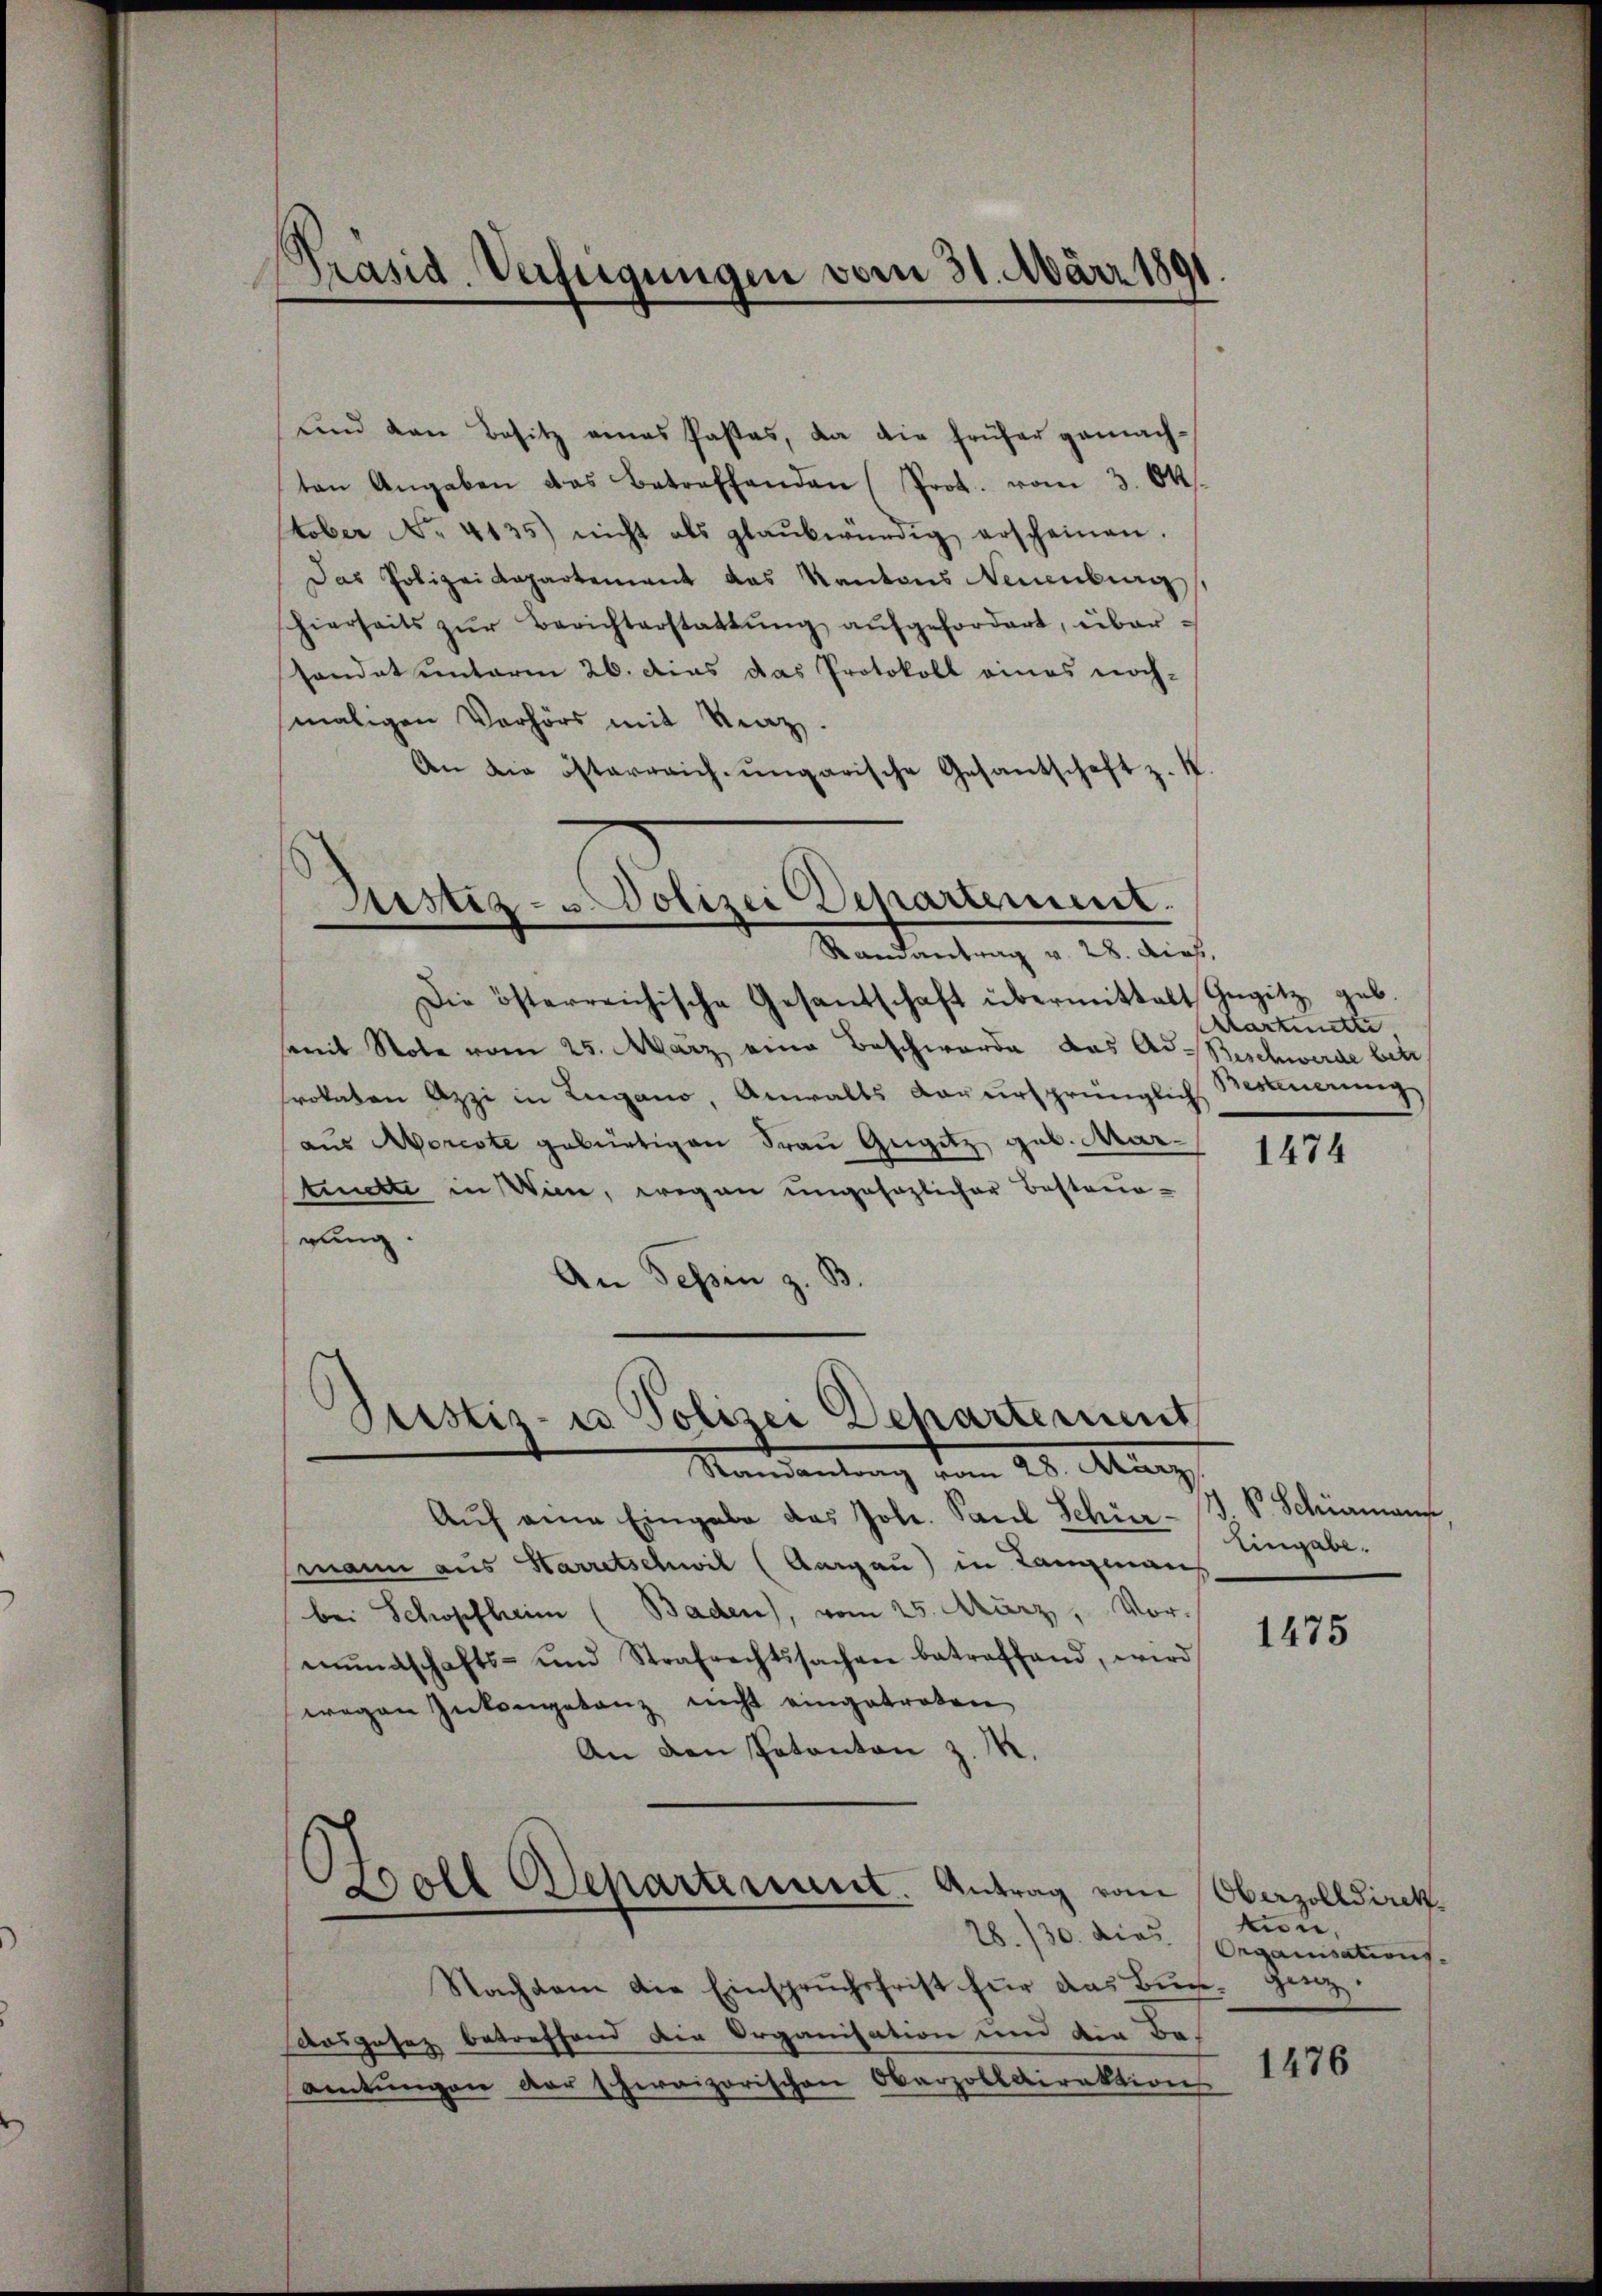
Präsid-Verfügungen vom 31. März 1891

und den Besitz eines Pastas, da die früher gemach-
ten Angaben das Betreffenden (Prot. vom 3. Ok-
stober No. 4135) nicht als glaubwürdig erscheinen.
Das Polizeidepartement das Kantons Neuenburg
hierseits zŭr Berichterstattŭng aŭfgefordert, über
sandat unterm 26. das das Protokoll eines noch-
maligen Verhörs mit Kraz.
An die österreich ungarische Gesantschaft z.
Astiz- u. Polizei Departement.

Randantrag v. 28. dies,

Justiz- u Polizei Departement

Die österreichische Gesandschaft übermittalt Gugitz geb.
somit Note vom 25. März eine Beschwerde das Ad-Beschwerde bei
rokaten Azzi in Lugano, Anwalts verŭrsprünglich, Besteuerung
aus Moreste gebürtigen Frau Gugitz geb. Martuntte in Wien, wegen ungehaglicher Besteuegung.
An Tessin z. B.

.
Doll Departeriunt. Antrag vom Oberzolldirek¬

Mandantung vom 28. Mang
Aŭf eine Eingabe das Jole. Sand Schürz- (T. S. Schömann,
mann aus Harretschwil (Aargau) in Langman
bei Schopfheim (Baden), vom 25. März, Vor-
mŭndschafts- und Strafrechtssachen betreffend, wird
wegen Inkongetanz nicht eingetreten
An den Votanton z. B.

28./30. die Organisations-

Nachdem die Einspruchsfrist für das Buch ganz
Aosgesez betreffend die Organisation und der Beamtŭngen der schweizerischen Oberzolldirektion

Martinette

1474

Eingabe.

1475

tin,

1476